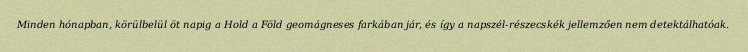
Minden hónapban, körülbelül öt napig a Hold a Föld geomágneses farkában jár, és így a napszél-részecskék jellemzően nem detektálhatóak.